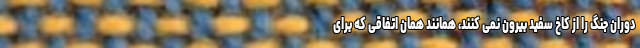
دوران جنگ را از کاخ سفید بیرون نمی کنند، همانند همان اتفاقی که برای